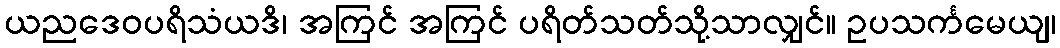
ယညဒေဝပရိသံယဒိ၊ အကြင် အကြင် ပရိတ်သတ်သို့သာလျှင်။ ဥပသင်္ကမေယျ၊